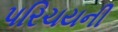
પરિચયની